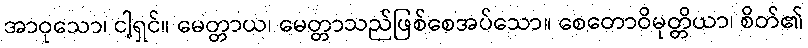
အာဝုသော၊ ငါ့ရှင်။ မေတ္တာယ၊ မေတ္တာသည်ဖြစ်စေအပ်သော။ စေတောဝိမုတ္တိယာ၊ စိတ်၏